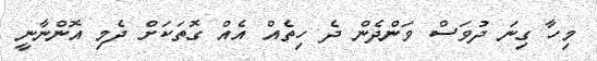
މިހާ ގިނަ ދުވަސް ވަންދެން ދެ ހިތެއް އެއް ގޮތަކަށް ދެމި އޮންނާނީ